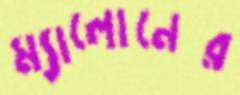
ম্যালোনের